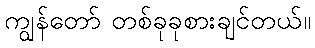
ကျွန်တော် တစ်ခုခုစားချင်တယ်။